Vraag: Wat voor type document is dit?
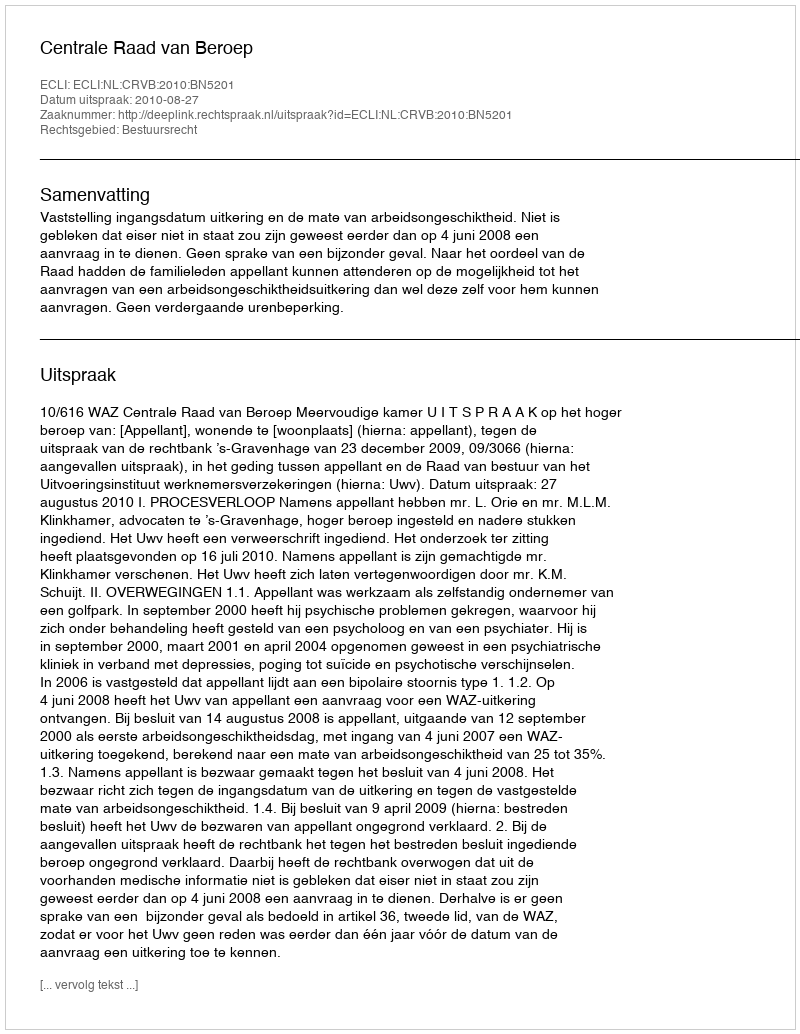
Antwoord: Uitspraak